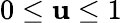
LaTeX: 0\le\mathbf{u}\le1